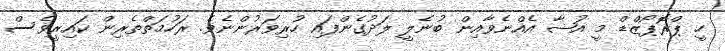
ހީ ޕްރޮޕޯޒްޑް މީީ އުޝާ އެއްނެވާއިން ބުނެލީ ލަދުގެންފައި ހުރިވަރުންނެވެ. ރަހުމަތްތެރިން ކައިރީވެސް